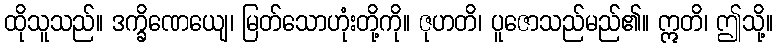
ထိုသူသည်။ ဒက္ခိဏေယျေ၊ မြတ်သောဟုံးတို့ကို။ ဇုဟတိ၊ ပူဇောသည်မည်၏။ ဣတိ၊ ဤသို့။